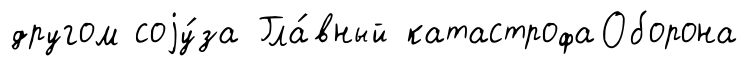
другом соjу́за Гла́вный катастрофаОборона